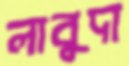
লাবুদা